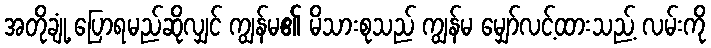
အတိုချုံ့ ပြောရမည်ဆိုလျှင် ကျွန်မ၏ မိသားစုသည် ကျွန်မ မျှော်လင့်ထားသည့် လမ်းကို